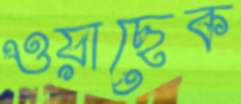
ওয়াছেক